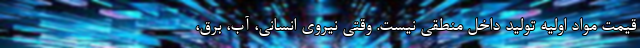
قیمت مواد اولیه تولید داخل منطقی نیست. وقتی نیروی انسانی، آب، برق،